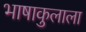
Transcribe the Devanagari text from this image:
भाषाकुलाला